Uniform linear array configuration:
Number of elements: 48
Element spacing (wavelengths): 0.5
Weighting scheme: hamming
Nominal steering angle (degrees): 0
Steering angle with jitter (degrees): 0.563
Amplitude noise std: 0.05
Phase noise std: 0.05

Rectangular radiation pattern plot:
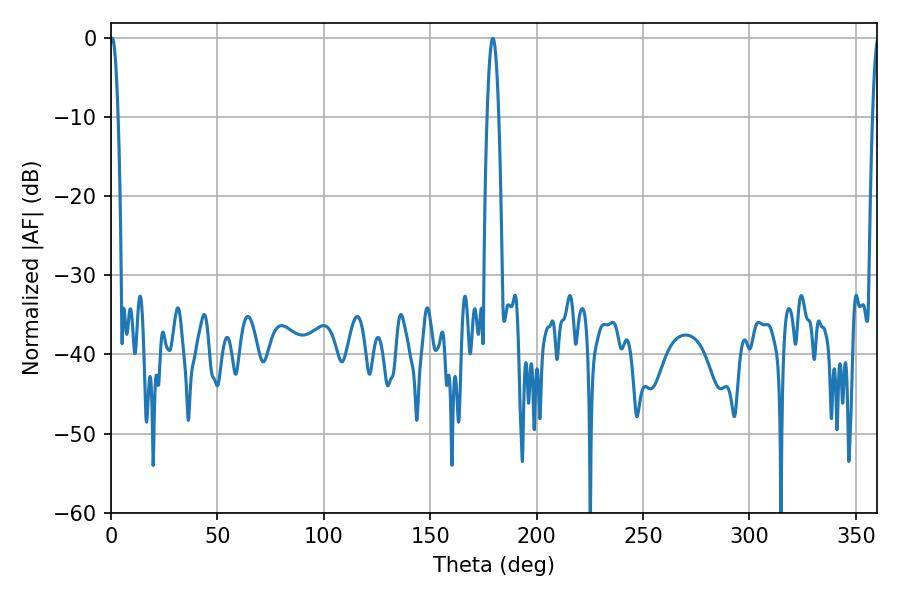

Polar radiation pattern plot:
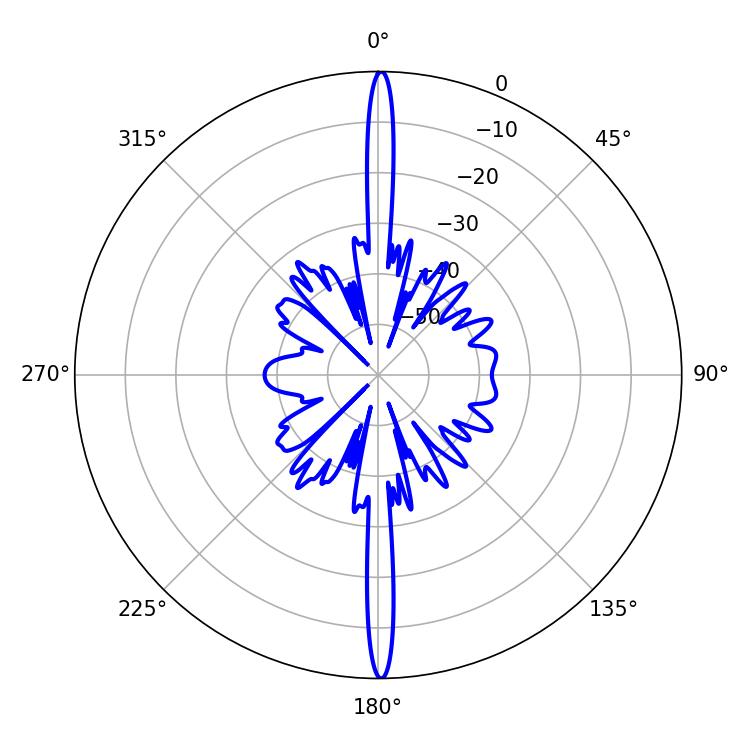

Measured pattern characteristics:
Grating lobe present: FALSE
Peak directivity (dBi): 32.366
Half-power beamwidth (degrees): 1.98
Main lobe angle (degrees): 0.54